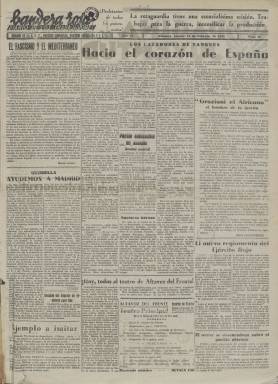
Título: Bandera roja (Alicante)
Colección: Periódicos || Guerra civil
Ámbito geográfico: Alicante
Lugar de publicación: Alicante
Fechas: 25/02/1937-07/01/1938

Periódico inicialmente portavoz de la UGT, PSOE, PCE y Juventudes Socialistas Unificadas que fue uno de los más importantes de los que se publicaron en Alicante durante la Guerra Civil. Su director era Luis Caballero y tenía su redacción en la Rambla de Méndez Núñez, en la antigua sede del Diario de Alicante, cuyas instalaciones fueron incautadas por la UGT en diciembre de 1936.

   Aunque la publicación tenía vocación unitaria los conflictos entre socialistas y comunistas llevaron a la fundación de Nuestra Bandera, periódico de clara tendencia comunista y que se prolongó hasta el final de la guerra en 1939, mientras que Bandera roja cesó en 1938.

Bandera roja llevaba por subtítulo el de Diario de los Trabajadores. El primer número que posee la Biblioteca Nacional de España es del 25 de febrero de 1937, cuando todavía había unión entre las citadas formaciones políticas y sindicales y eran citadas todas ellas en la cabecera. A partir del número del 17 de abril las fuerzas se han escindido y el periódico entonces pasar a ser únicamente el órgano exclusivo de la UGT. El periódico justificaba la decisión en su deseo de dedicar atención preferente a los problemas sindicales sobre los estrictamente políticos.

  El periódico constaba normalmente de cuatro páginas y su contenido, como es lógico, estaba centrado preferentemente en los acontecimientos bélicos. A las noticias sobre el desarrollo de la guerra se añadían artículos doctrinarios destinados a elevar la moral de combate en la retaguardia y confiar en la victoria. La provincia de Alicante estuvo siempre lejos del frente.

Dos secciones fijas del periódico eran el Parte de Guerra, que se publicaba en la portada y que reflejaba el avance de las fuerzas de la República, y otra titulada Marina Y Aire, con las actuaciones de la Armada y la Aviación republicana.

   Se publicaban también informaciones de interés sindical, noticias internacionales y de índole local e incluso había espacio para la cartelera y anuncios de películas en los cines de Alicante. Aunque escasa, en sus páginas se puede encontrar algo de publicidad.

  El último número que posee la BNE de este periódico es del 7 de enero de 1938. Solo tiene dos páginas, algo que cada vez se iba haciendo más frecuente dado que a medida que avanzaba la guerra se hacía más difícil poder aprovisionarse de papel y todo tipo de recursos escaseaban.

Original deteriorado y mutilado. Algunas páginas mal guillotinadas.

[Descripción publicada el 5/05/2023]